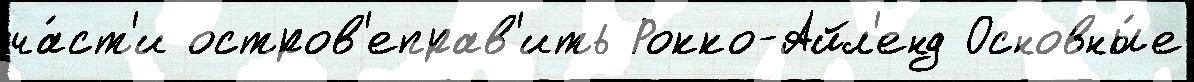
ча́ст'и остров'еправ'ить Рокко-Айл'енд Основны́е